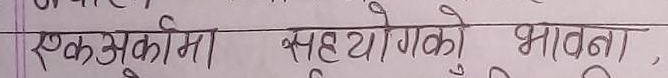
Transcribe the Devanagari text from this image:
एकसुकर्मी सहयोगको भावना,